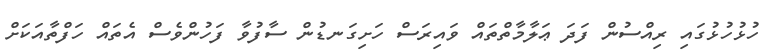
ހުޅުހުޅުގައި ރިއްސުން ފަދަ ޢަލާމާތްތައް ވައިރަސް ހަށިގަނޑުން ސާފުވާ ފަހުންވެސް އެތައް ހަފްތާއަކަށް